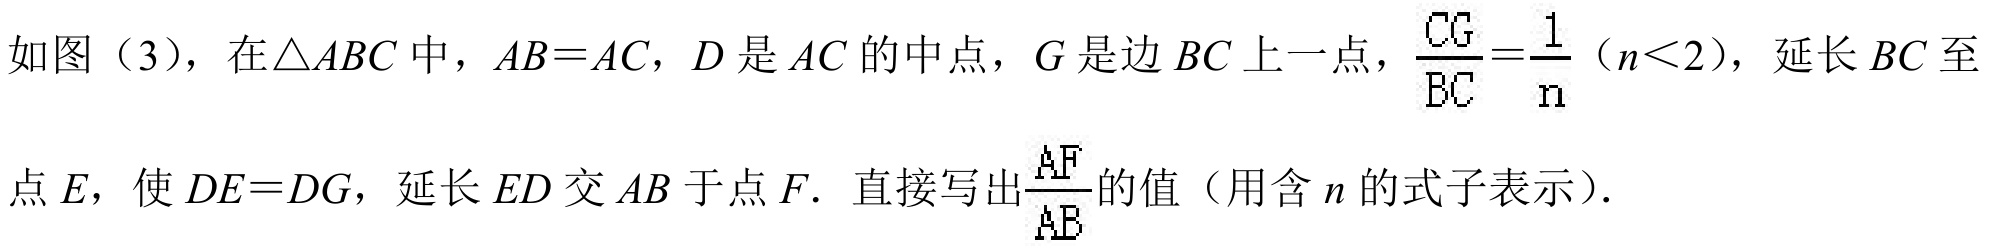
如图（3），在\(\triangle ABC\)中，\(AB = AC\)，\(D\)是\(AC\)的中点，\(G\)是边\(BC\)上一点，\(\frac{CG}{BC}=\frac{1}{n}\)（\(n<2\)），延长\(BC\)至点\(E\)，使\(DE = DG\)，延长\(ED\)交\(AB\)于点\(F\)．直接写出\(\frac{AF}{AB}\)的值（用含\(n\)的式子表示）．